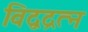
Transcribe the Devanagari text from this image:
विद्वद्रत्न